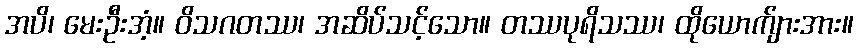
အပိ၊ မေးဦးအံ့။ ဝိသဂတဿ၊ အဆိပ်သင့်သော။ တဿပုရိသဿ၊ ထိုယောက်ျားအား။